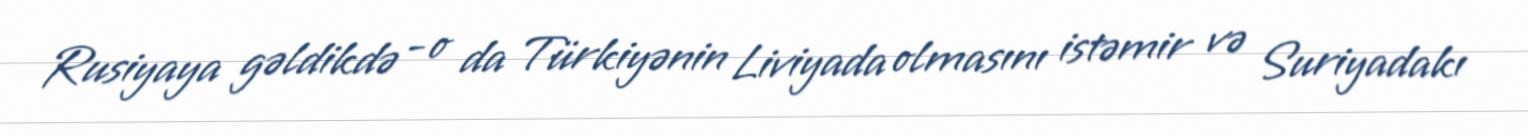
Rusiyaya gəldikdə - o da Türkiyənin Liviyada olmasını istəmir və Suriyadakı